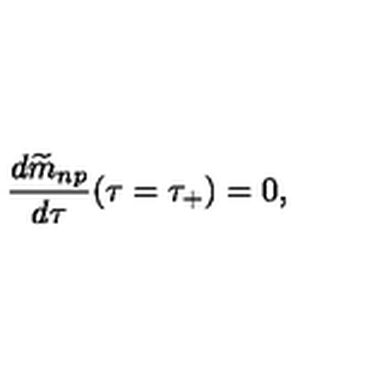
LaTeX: { \frac { d { \widetilde m } _ { n p } } { d \tau } } ( \tau = \tau _ { + } ) = 0 ,